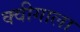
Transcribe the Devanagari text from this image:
क्वीगाला